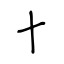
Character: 十